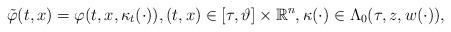
LaTeX: \begin{align*}\tilde{\varphi}(t,x) = \varphi(t,x,\kappa_t(\cdot)),(t,x) \in \mathbb [\tau,\vartheta] \times \mathbb R^n,\kappa(\cdot) \in \Lambda_0(\tau,z,w(\cdot)),\end{align*}